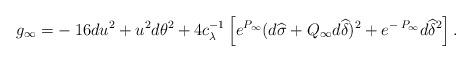
LaTeX: \begin{align*} g_\infty = - \: 16 du^2 + u^2 d\theta^2 + 4 c_\lambda^{-1} \left[ e^{P_\infty} (d\widehat{\sigma} + Q_\infty d\widehat{\delta})^2 + e^{- \: P_\infty} d\widehat{\delta}^2 \right]. \end{align*}